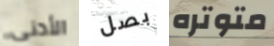
الأدنى بصل متوتره